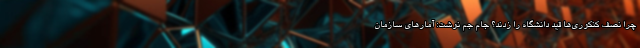
چرا نصف کنکوری‌ها قید دانشگاه را زدند؟ جام جم نوشت: آمارهای سازمان